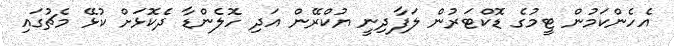
އެހެންކަމުން ޓީމުގެ ޑޮކްޓަރުން ލަފާދިނީ ޔުކްރޭން އަދި ހޮލެންޑާ ދެކޮޅަށް ކުޅޭ މެޗުގައި